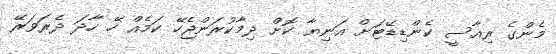
މެންގެ ރިއާސީ ކެންޑިޑޭޓަށް އަނިޔާ ކޮށް ދިމާކުރަންޖެހޭ ކަމެއް ހޭ ހާދަ ދެރަވަރޭ